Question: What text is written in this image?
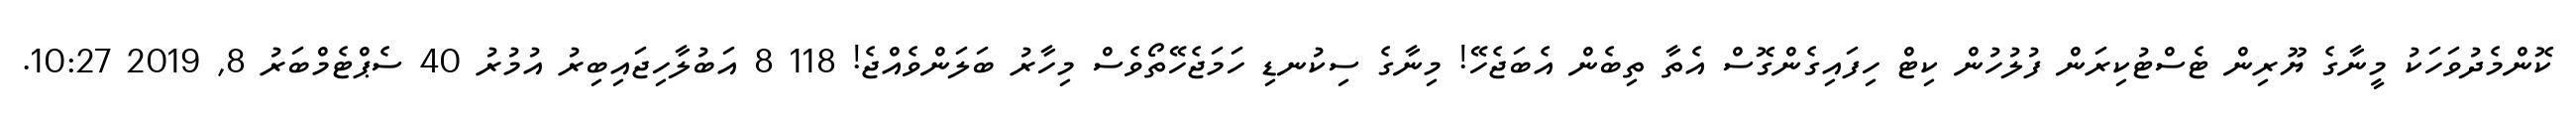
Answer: ކޮންމެދުވަހަކު މީނާގެ ޔޫރިން ޓެސްޓުކިރަން ފުލުހުން ކިޓް ހިފައިގެންގޮސް އެތާ ތިބެން އެބަޖެހޭ! މިނާގެ ސިކުނޑި ހަމަޖެހޭތޯވެސް މިހާރު ބަލަންވެއްޖެ! 118 8 އަބުލާހިޖައިބިރު އުމުރު 40 ސެޕްޓެމްބަރު 8, 2019 10:27.